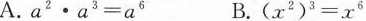
A.$$a ^ { 2 } \cdot a ^ { 3 } = a ^ { 6 }$$ B.$$( x ^ { 2 } ) ^ { 3 } = x ^ { 6 }$$